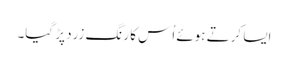
ایسا کرتے ہوئے اُس کا رنگ زرد پڑ گیا۔